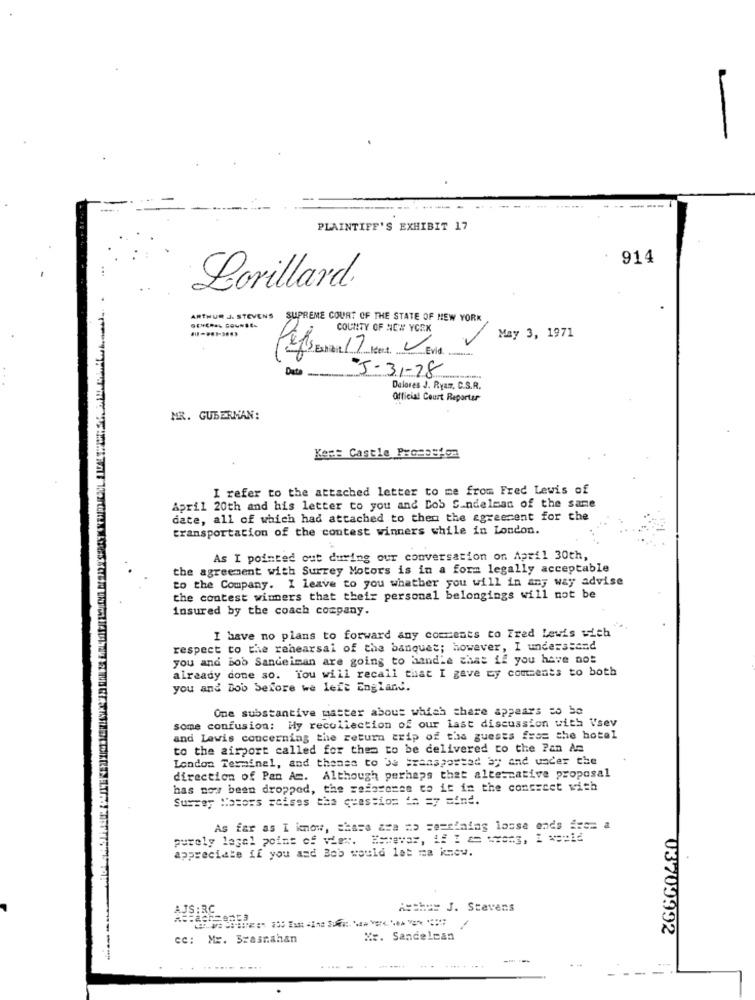
PLAINTIFF'S EXHIBIT 17
914
...
Lorillard.
ARTHUR J. STEVENS SUPREME COURT OF THE STATE OF NEW YORK
COUNTY OF NEW YORK
May 3, 1971
215 Exhibit 17 Next. Evid.
Data
5-31-28
Dolores J. Ryan, C.S.R.
Official Court Reporter
MR. GUBERMAN:
Kert Castle Promotion
I refer to the attached letter to me from Fred Lewis of
April 20th and his letter to you and Dob Sundelean of the same
date, all of which had attached to them the agreement for the
transportation of the contest winners while in London.
As I pointed out during our conversation on April 30th,
the agreement with Surrey Motors is in a form legally acceptable
to the Company. I leave to you whether you will in any way advise
the contest wimmers that their personal belongings will not be
insured by the coach company.
I have no plans to forward any comments to Fred Lewis with
respect to the rehearsal of the banquet; however, I understand
you and Bob Sandeiman are going to handle chat if you have not
already done so. You will recall that I gave ty comments to both
you and Dob Sefore we left England.
One substantive matter about which chare appears to be
some confusion: Hy recollection of our last discussion with Vsev
and Lawis concerning the return crip of the guests from the hotel
to the airport called for them to be delivered to the Pan As
London Terminal, and thenes to be transported by and under che
direction of Pan Am. Although perhaps that alternative proposal
has now been dropped, the resaroses to it in the concreet with
Surrey Motors raises the question == = y sind.
As far as I know, there are no sereining losse ends fre= a
purely legal point of view. However, if I a= wwons, I === id
appreciate if you and Bob would lot ma know.
=== J. Stevens
03709992
cc: Mr. Szasnahan
Xx. Sandelcan
---